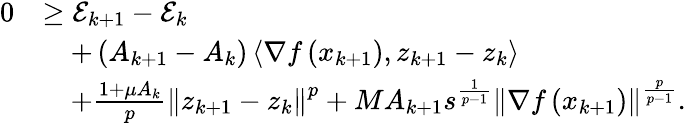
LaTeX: \begin{array}{rl}{0}&{\geq\mathcal{E}_{k+1}-\mathcal{E}_{k}}\\ &{\quad+\left(A_{k+1}-A_{k}\right)\left\langle\nabla f\left(x_{k+1}\right),z_{k+1}-z_{k}\right\rangle}\\ &{\quad+\frac{1+\mu A_{k}}{p}\left\Vert z_{k+1}-z_{k}\right\Vert^{p}+MA_{k+1}s^{\frac{1}{p-1}}\left\Vert\nabla f\left(x_{k+1}\right)\right\Vert^{\frac{p}{p-1}}.}\end{array}